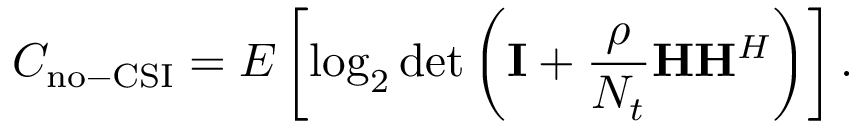
C _ { \mathrm { n o - C S I } } = E \left[ \log _ { 2 } \operatorname* { d e t } \left( \mathbf { I } + { \frac { \rho } { N _ { t } } } \mathbf { H } \mathbf { H } ^ { H } \right) \right] .